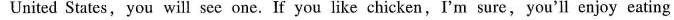
United States, you will see one.If you like chicken,I'm sure,you'll enjoy eating